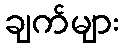
ချက်များ